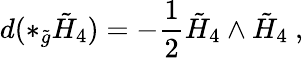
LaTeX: d(\ast_{\tilde{g}}\tilde{H}_{4})=-\frac{1}{2}\tilde{H}_{4}\wedge\tilde{H}_{4}\ ,